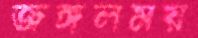
জঙ্গলময়